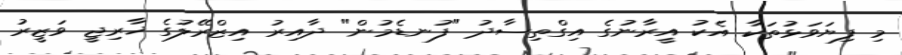
މި ފިޔަވަޅުތަކާ އެކު އީރާނުގެ އިގްތިސާދު "ފުނޑެމުން" ދާއިރު އިޒްރޭލުގެ ޚާރިޖީ ވަޒީރު